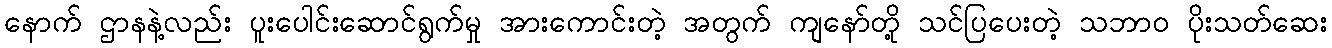
နောက် ဌာနနဲ့လည်း ပူးပေါင်းဆောင်ရွက်မှု အားကောင်းတဲ့ အတွက် ကျနော်တို့ သင်ပြပေးတဲ့ သဘာ၀ ပိုးသတ်ဆေး